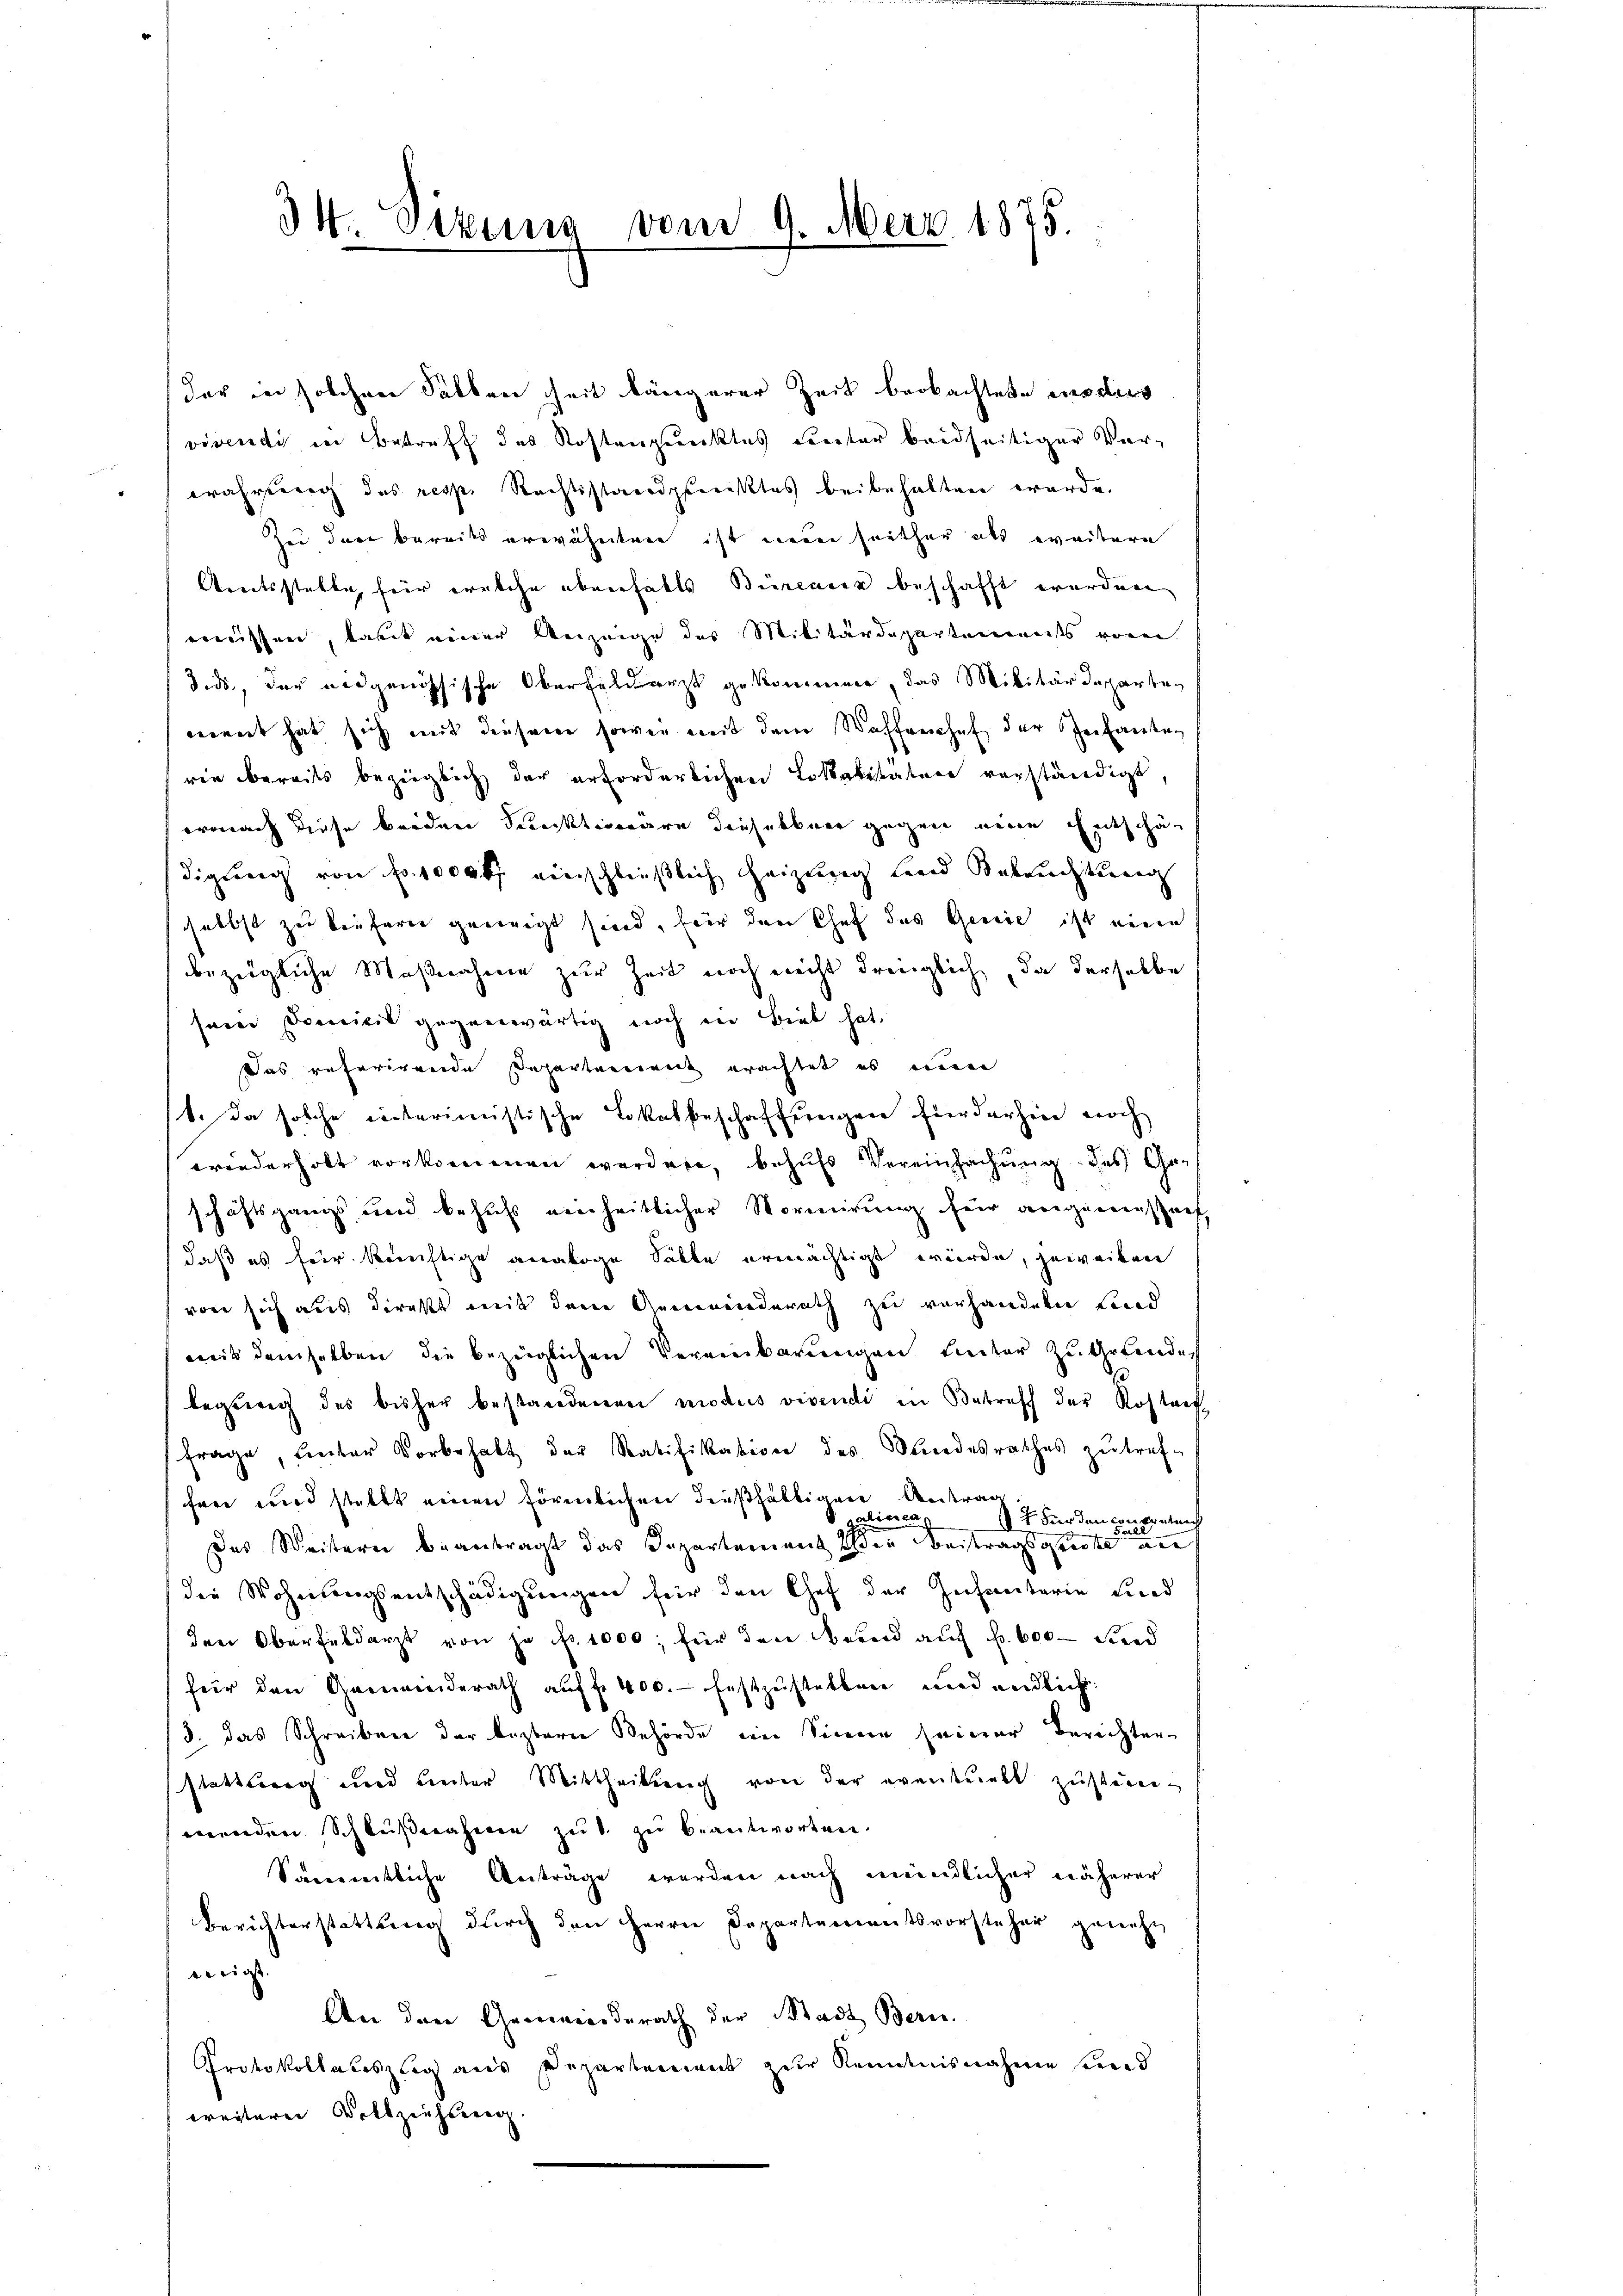
34. Sizung vom 9. Merz 1875.

der in solchen Salben heit längerer Zeit beobachtete moder
viventi in Betreff des Kostenpunktes unter beidseitiger Verwahrung des resp. Rechtsstandpunktes beibehalten wurde.
Zu der bereits erwähnten ist mein seither als weitere
Amtsstatte, für welche ebenfalls Büreauer beschafft worden
müssen, kannt einer Anzeige des Militärdepartements von
3ids, der eidgenössische Oberfelderst gekommen, das Militärdeparten
ment hat sich mit diesem sowie mit dem Waffeechef der Zeitanten
rin bereits bezüglich der erforderlichen Lokalitäten vorständigt,
oronach diese beiden Sektionare dieselber gegen eine Entschädigling von fr. 1000 f einschließlich heizung land Beleuchtung
selbst zu tiefern geneigt sind, für den Chef des Genie ist eine
bezügliche Maßnahme zur Zeit noch nicht dringlich, da derselbe
sein Domicil gegenwärtig noch ein Biel hat,
Das referirende Departement erachtet es man
1. Da solche recterimistische Lokalbeschaffungen fierdarhin noch
wiederholt vorkommen werden, behufs Vereinfachung des Geschäftsgangs und behufs neinheitlicher Vormirung für angewiesenf
daß es für künftige analoge Fälle ermächtigt würde, jeweiben
vor sich aus direkt mit dem Gemeinderath zu vorhandeln Lind
mit demselben die bezüglichen Vereinbarŭngen hinter zŭ ertenden
legung des bisher bestandenenen modus vivendi in Betreff der Rostaet
Frage, unter Vorbehalt der Ratifikation des Bundesrathes zŭtref-
frei und stellt einen förmlichen dershältigen Antrag
pariren.
vatnach
 Für den Con¬
Das Weiterei beantragt das Departement den Beitragsgeiste auf
die Wohnungsentschädigŭngen für den Chef der Gefrentaria Lind
den Oberfeldarzt von ja fr. 1000, für den Paren auf Fr. 600. Fried
für den Gemeiderath auff. 400. festzustellen und endlich
3. das Schreiben der leztere Behörde ein Sinne seiner Berichter-
stattung und Lieder Mittheilung von der eventenkt zustein-
menden Schlußnahme gut zu beantworten.
Sämmtliche Anträge werden nach mündlicher näherer
Berichterstattung durch den Herrn Departementsvorsteher geneh
wenigst
An den Geerwiederath der Stadt Bern.
Protokollauszug aus Departement zur Kenntnisnahme und
weitere Vollziehung